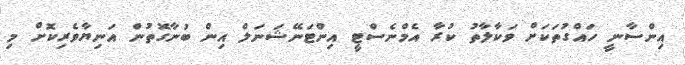
އިންސާނީ ހައްގުތަކަށް ވަކާލާތު ކުރާ އެމްނެސްޓީ އިންޓަނޭޝަނަލް އިން ބުނާގޮތުން އަނިޔާވެރިކޮށް މި